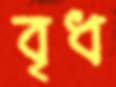
বৃধ